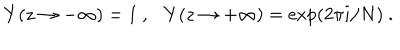
Y ( z \rightarrow - \infty ) = 1 ~ , Y ( z \rightarrow + \infty ) = \exp ( 2 \pi i / N ) ~ .